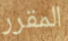
المقرر